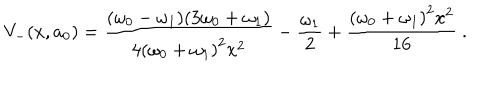
V _ { - } ( x , a _ { 0 } ) = \frac { ( \omega _ { 0 } - \omega _ { 1 } ) ( 3 \omega _ { 0 } + \omega _ { 1 } ) } { 4 { ( \omega _ { 0 } + \omega _ { 1 } ) } ^ { 2 } x ^ { 2 } } - \frac { \omega _ { 1 } } { 2 } + \frac { { ( \omega _ { 0 } + \omega _ { 1 } ) } ^ { 2 } x ^ { 2 } } { 1 6 } ~ .